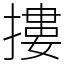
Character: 摟